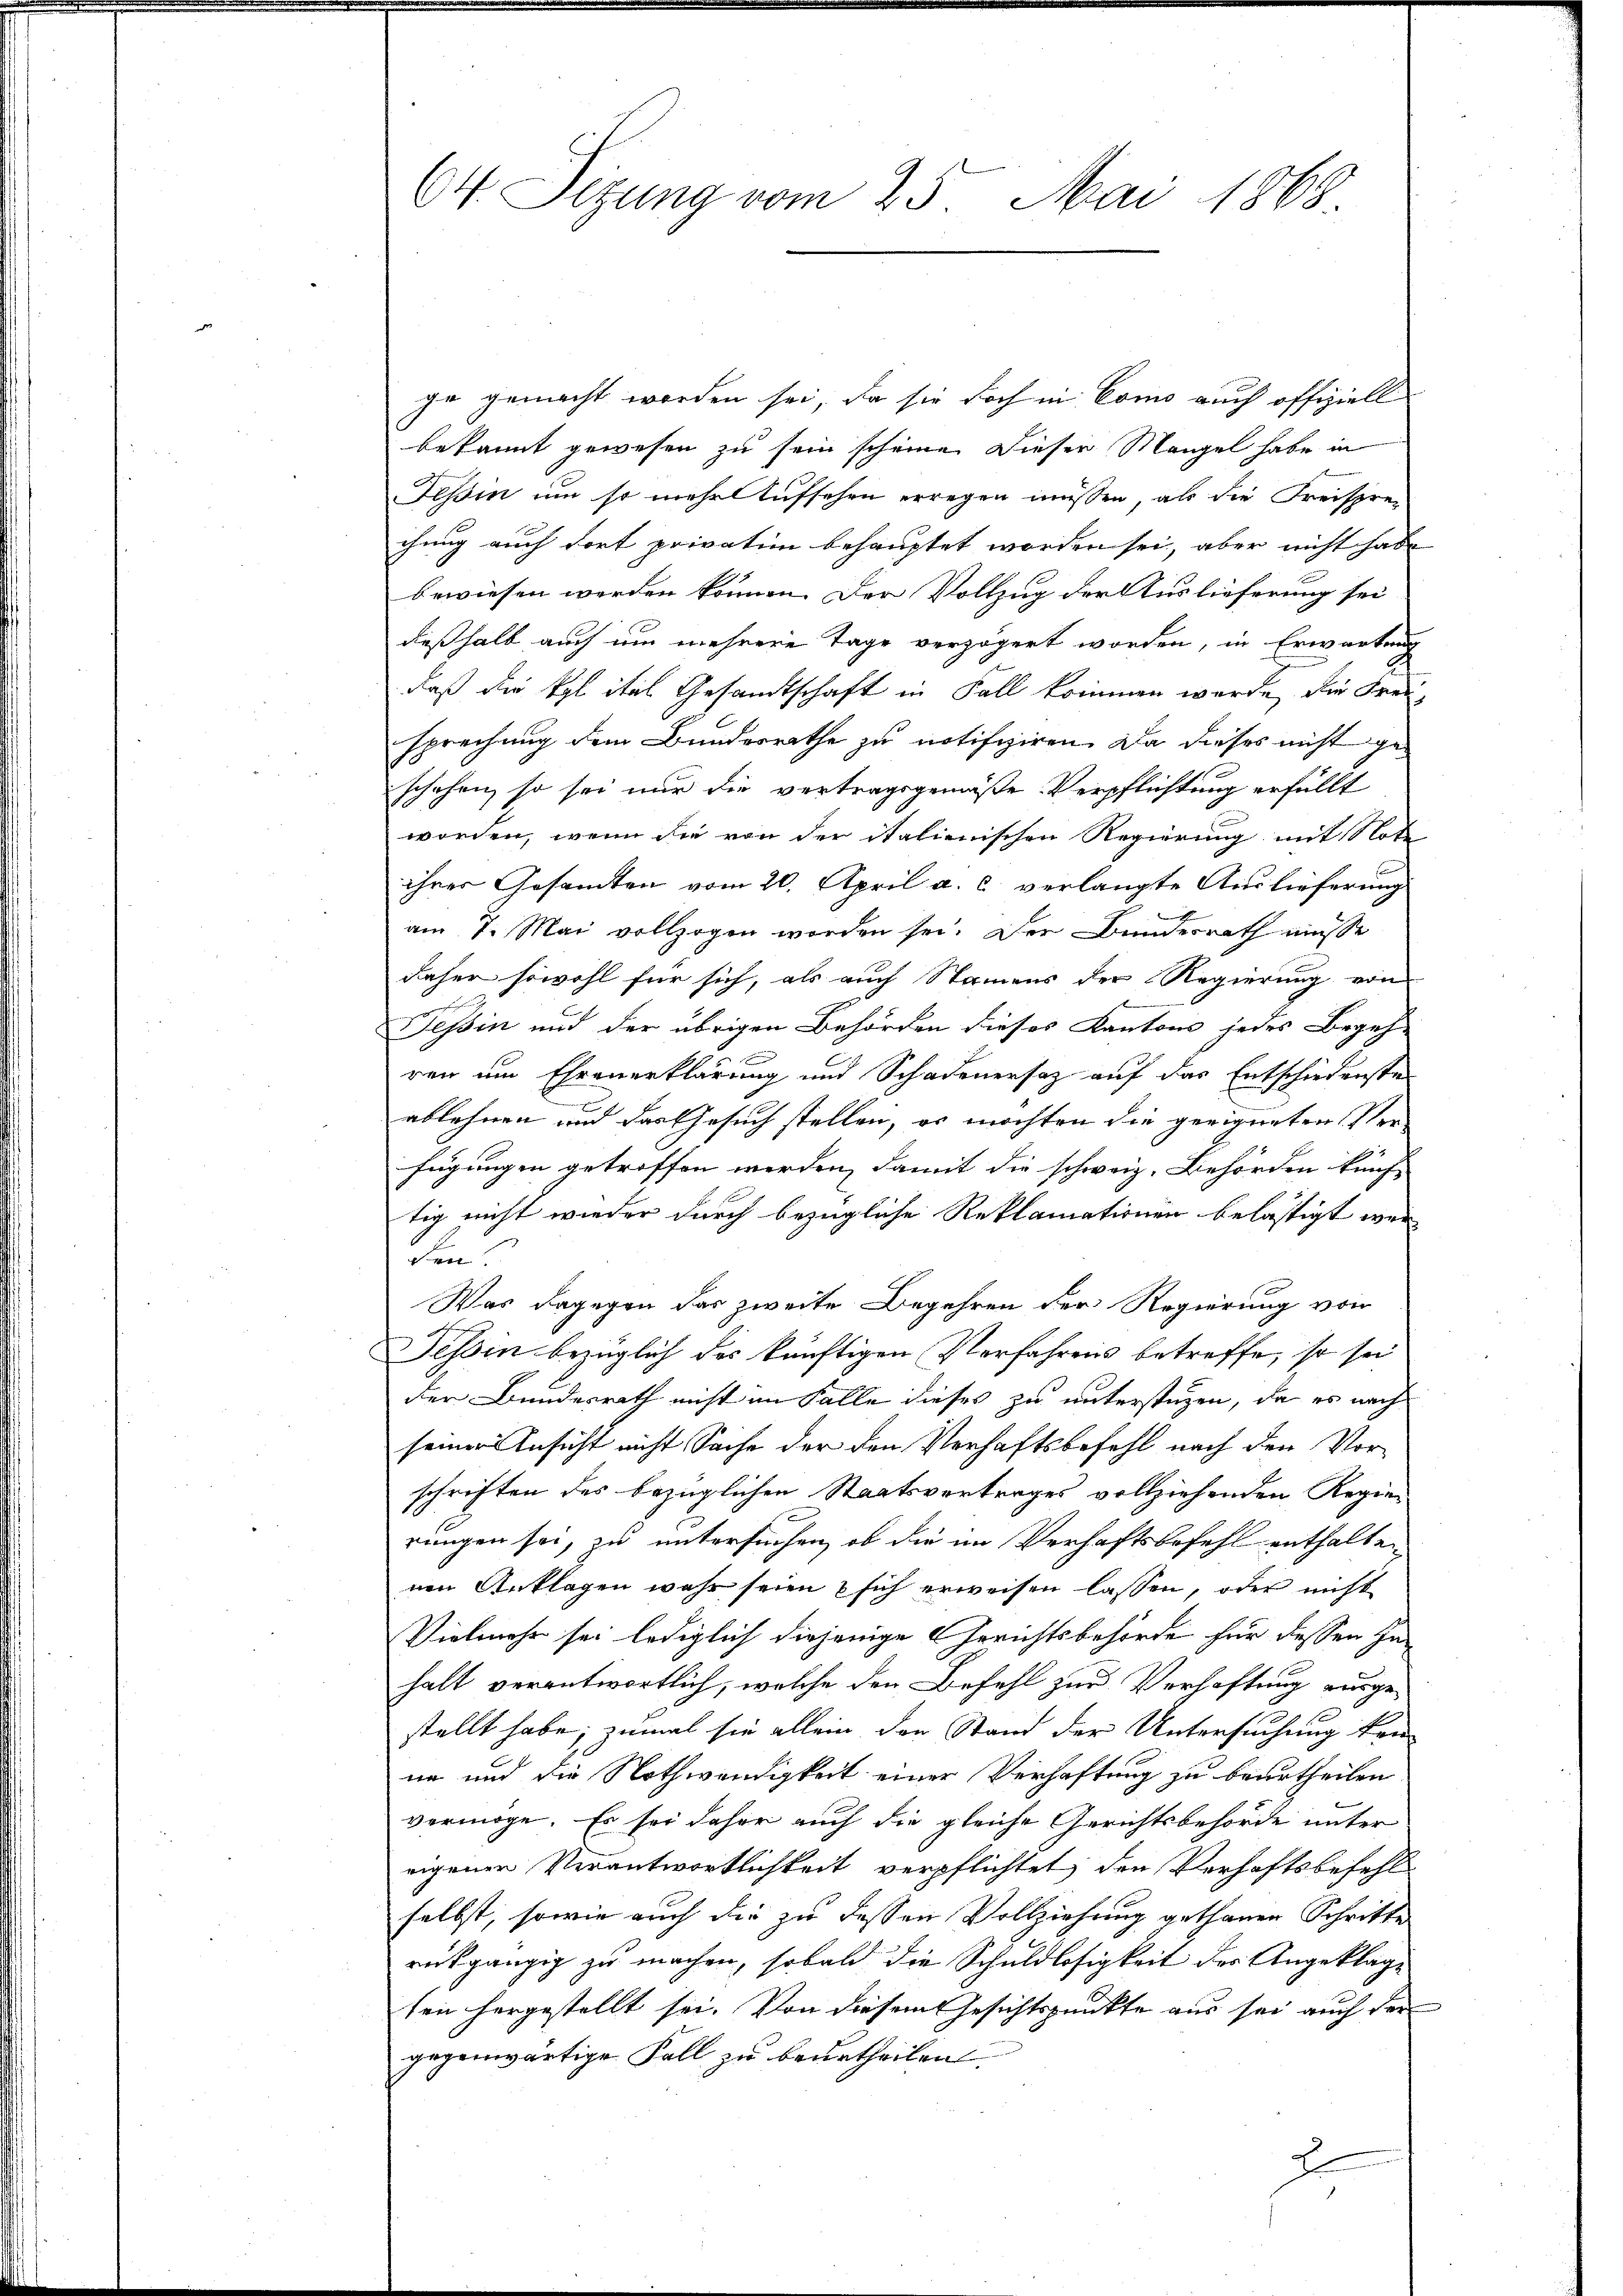
64. Sitzung vom 25. Mai 1868

ge gemacht worden sei, da sie doch in Como auch offiziell
bekannt gewesen zu sein scheine. Dieser Mangel habe in
Tessin um so mehr Aufsehen erregen müssen, als die Freisprechung auch dort privation behauptet worden sei, aber nicht habe
bewiesen werden können. Der Vollzug der Auslieferung sei
deßhalb auch um mehrere Tage verzögert worden, in Erwartung
daß die Kgl ital Gesandtschaft in Fall kommen werde, die Freisprechung dem Bundesrathe zu notifiziren. Da dieses nicht geschehen, so sei nur die vertragsgemäße Verpflichtung erfüllt
worden, wenn die von der italienischen Regierung mit Not
ihrer Gesandten vom 20. April a. c. verlangte Auslieferung
am 7. Mai vollzogen worden sei. Der Bundesrath müsse
daher sowohl für sich, als auch Namens der Regierung von
n
Tessin und der übrigen Behörden dieses Kantons jedes Begeh-
ren um Ehrenerklärung und Schadenersaz auf das Entschiedenste
ablehnen und das Gesuch stellen, er möchten die geeigneten Verfügungen getroffen werden, damit die schweiz. Behörden künf-
tig nicht wieder durch bezügliche Reklamationen belästigt wer
den.
Was dagegen das zweite Begehren der Regierung von
Tessin bezüglich des künftigen Verfahrens betreffe, so sei
der Bundesrath nicht im Falle dieses zu unterstüzen, da es nach
seiner Ansicht nicht Sache der den Verhaftsbefehl nach den Vorschriften des bezüglichen Staatsvertrages vollziehenden Regierungen sei, zu untersuchen, ob die im Verhaftsbefehl enthalten
nen Anklagen wahr seien & sich erweisen lassen, oder nicht
Vielmehr sei lediglich diejenige Gerichtsbehörde für dessen Inhalt verantwortlich, welche den Befehl zur Verhaftung ausgestellt habe; zumal sie allein der Stand der Untersuchung ken
ne und die Nothwendigkeit einer Verhaftung zu beurtheilen
vermöge. Es sei daher auch die gleiche Gerichtsbehörde unter
eigenen Verantwortlichkeit verpflichtet, den Verhaftsbefehl
selbst, sowie auch die zu dessen Vollziehung gethanen Schritte
rückgängig zu machen, sobald die Schuldlosigkeit der Angeklage
sen hergestellt sei. Von diesem Gesichtspunkte aus sei auch der
gegenwärtige Fall zu beurtheilen.
J.